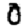
Digit: 0